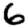
Digit: 6